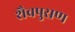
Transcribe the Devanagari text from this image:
शैवपुराण